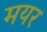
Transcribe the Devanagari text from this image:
मयर